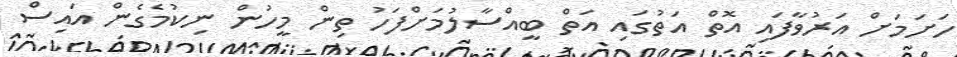
ހަށަމަށް އަރުވާފައި އޮތް އަތުގައި އަތް ބީއްސާލުމަށްފަހު ތިން މީހުން ނިކުމެގެން އައިސް